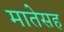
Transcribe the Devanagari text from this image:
मातेसह